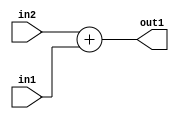
`timescale 1ps / 1ps
/*****************************************************************************
    Verilog RTL Description
    
    
    Created by: Stratus DpOpt 2019.1.01 
*******************************************************************************/

module st_weight_addr_gen_Add_33Sx16U_33S_4_2 (
	in2,
	in1,
	out1
	); /* architecture "behavioural" */ 
input [32:0] in2;
input [15:0] in1;
output [32:0] out1;
wire [32:0] asc001;

assign asc001 = 
	+(in2)
	+(in1);

assign out1 = asc001;
endmodule

/* CADENCE  ubTwTww= : u9/ySgnWtBlWxVPRXgAZ4Og= ** DO NOT EDIT THIS LINE ******/